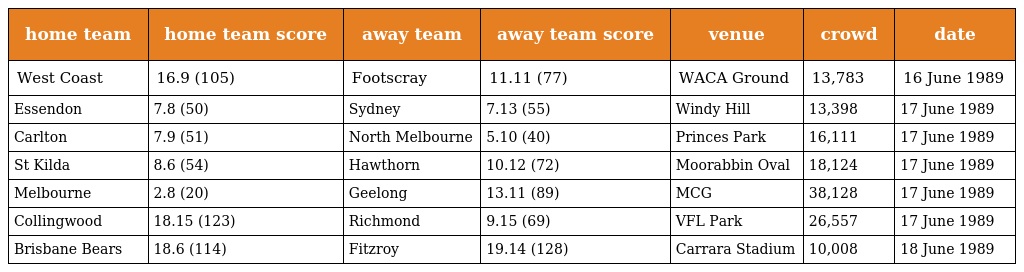
| home team | home team score | away team | away team score | venue | crowd | date |
 | --- | --- | --- | --- | --- | --- | --- |
 | West Coast | 16.9 (105) | Footscray | 11.11 (77) | WACA Ground | 13,783 | 16 June 1989 |
 | Essendon | 7.8 (50) | Sydney | 7.13 (55) | Windy Hill | 13,398 | 17 June 1989 |
 | Carlton | 7.9 (51) | North Melbourne | 5.10 (40) | Princes Park | 16,111 | 17 June 1989 |
 | St Kilda | 8.6 (54) | Hawthorn | 10.12 (72) | Moorabbin Oval | 18,124 | 17 June 1989 |
 | Melbourne | 2.8 (20) | Geelong | 13.11 (89) | MCG | 38,128 | 17 June 1989 |
 | Collingwood | 18.15 (123) | Richmond | 9.15 (69) | VFL Park | 26,557 | 17 June 1989 |
 | Brisbane Bears | 18.6 (114) | Fitzroy | 19.14 (128) | Carrara Stadium | 10,008 | 18 June 1989 |